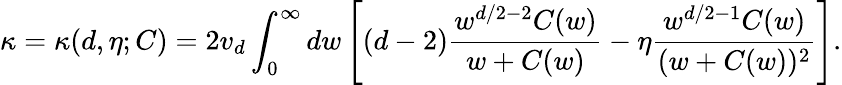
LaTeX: \kappa=\kappa(d,\eta;C)=2v_{d}\int_{0}^{\infty}dw\left[(d-2)\frac{w^{d/2-2}C(w)}{w+C(w)}-\eta\frac{w^{d/2-1}C(w)}{(w+C(w))^{2}}\right].